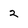
Character: 2